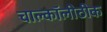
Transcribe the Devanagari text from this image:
चाल्कॉलीठीक